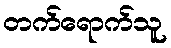
တက်ရောက်သူ